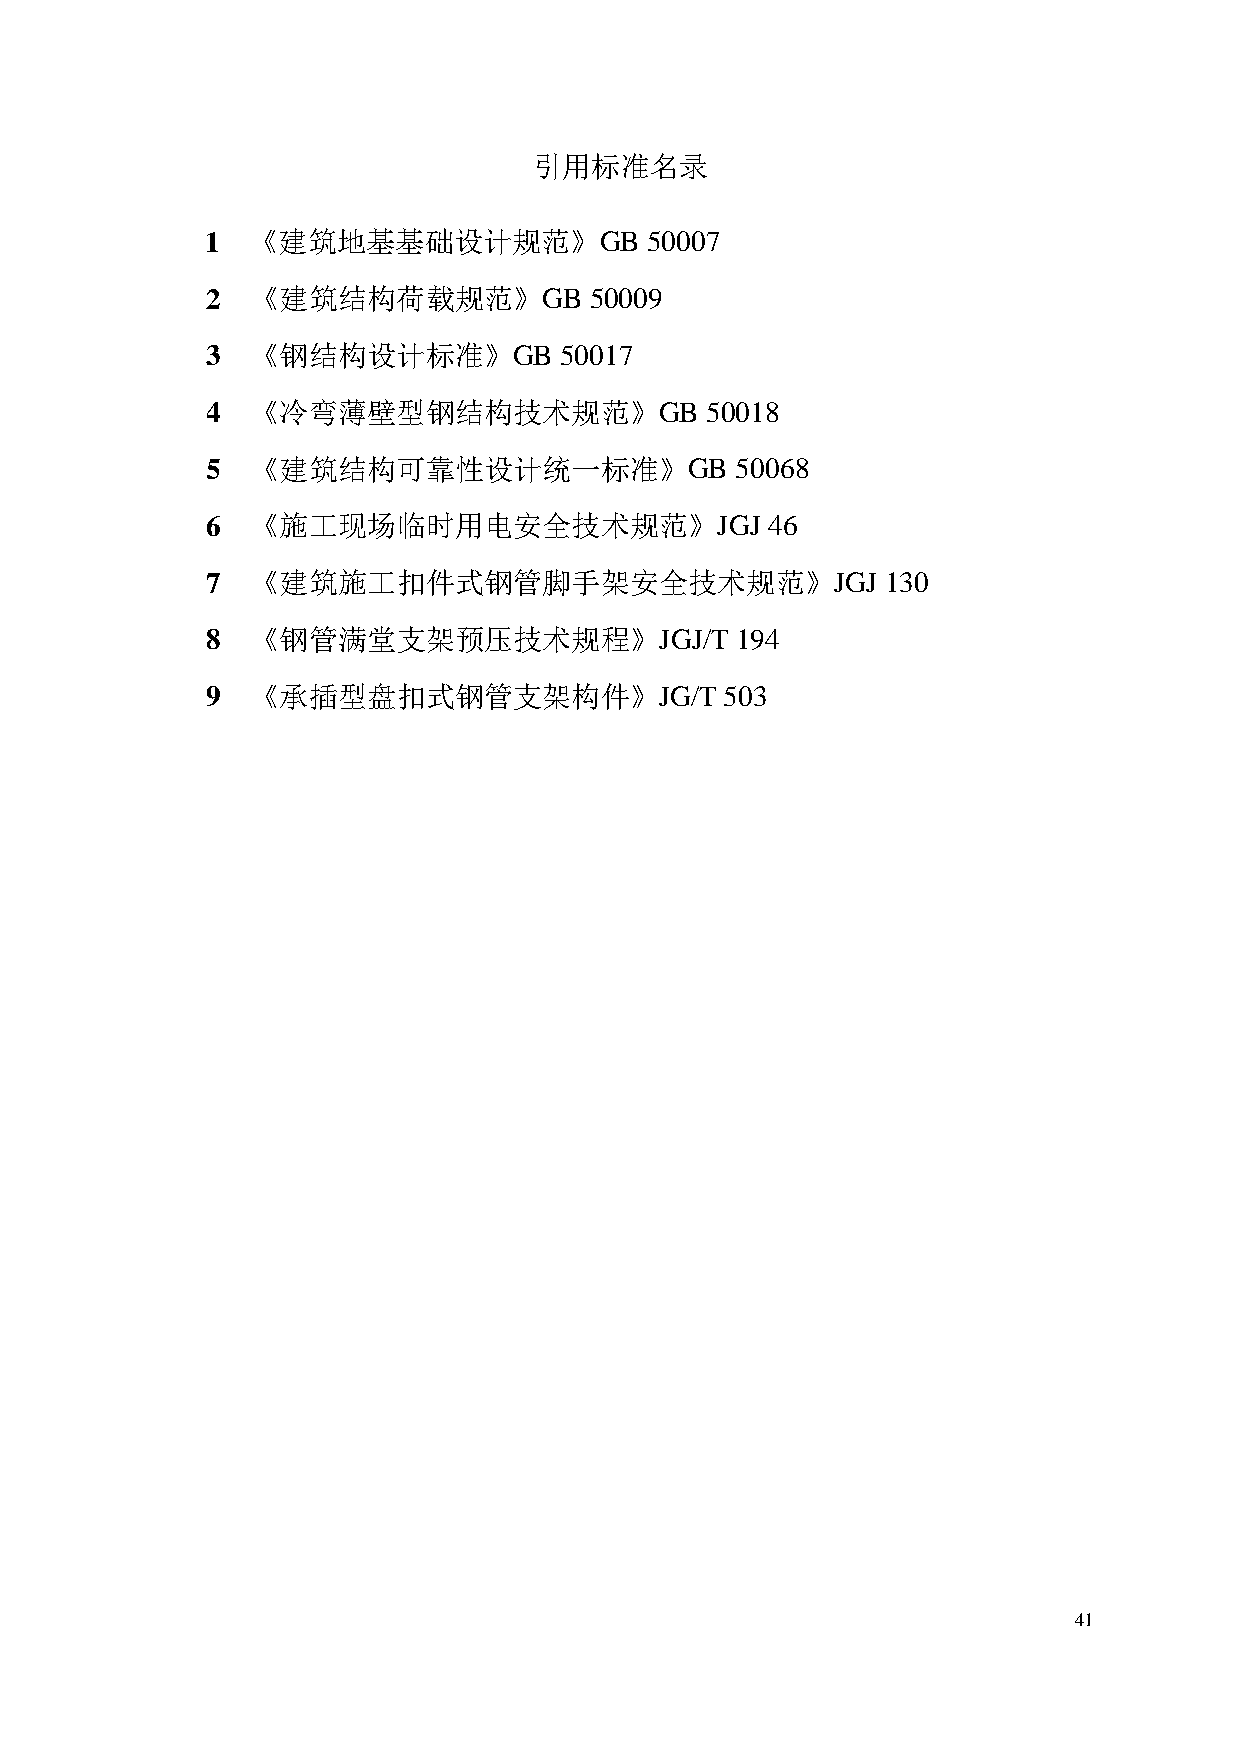
引用标准名录
 1 《建筑地基基础设计规范》GB             50007
 2  《建筑结构荷载规范》GB          50009
 3  《钢结构设计标准》GB         50017
 4  《冷弯薄壁型钢结构技术规范》GB              50018
 5  《建筑结构可靠性设计统一标准》GB               50068
 6  《施工现场临时用电安全技术规范》JGJ               46
 7  《建筑施工扣件式钢管脚手架安全技术规范》JGJ                   130
 8  《钢管满堂支架预压技术规程》JGJ/T             194
 9  《承插型盘扣式钢管支架构件》JG/T             503
 41